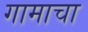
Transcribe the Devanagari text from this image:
गामाचा